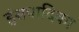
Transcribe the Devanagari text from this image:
हंसपादिका